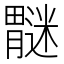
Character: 𫆿